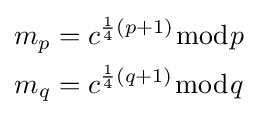
{\begin{aligned}m_{p}&=c^{{\frac {1}{4}}(p+1)}{\bmod {p}}\\m_{q}&=c^{{\frac {1}{4}}(q+1)}{\bmod {q}}\end{aligned}}